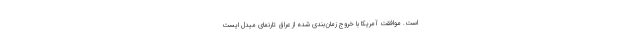
است. موافقت آمریکا با خروج زمان‌بندی شده از عراق تارنمای میدل ایست